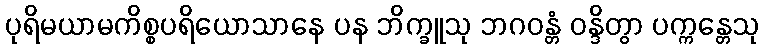
ပုရိမယာမကိစ္စပရိယောသာနေ ပန ဘိက္ခူသု ဘဂဝန္တံ ဝန္ဒိတွာ ပက္ကန္တေသု